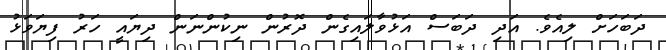
ދަބަހަށް ލިއެވެ. އަދި ދަބަސް އަޅުވާލައިގެން ދޮރުން ނިކުންނަން ދިޔައީ ހަރު ފިޔަވަޅު